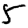
Digit: 5